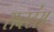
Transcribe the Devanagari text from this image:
सब्स्टंस